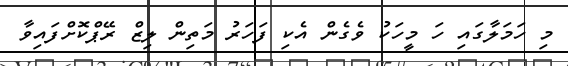
މި ހަމަލާގައި ހަ މީހަކު ވެގެން އެކި ފަހަރު މަތިން ލިޒް ރޭޕްކޮށްފައިވާ